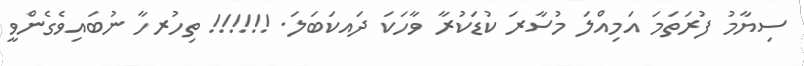
ސިޔާމު ފުރަތަމަ އަމިއްލަ މުސާރަ ކުޑަކުރާ ވާހަކަ ދައކަބަލަ. !!!!!! ތިހުރހާ ނުބައިވެގެންވީ